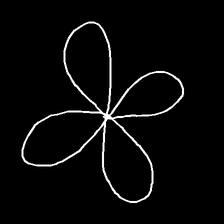
Glyph: billowing